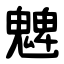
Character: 䰦